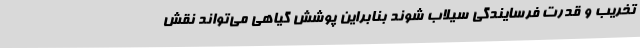
تخریب و قدرت فرسایندگی سیلاب شوند بنابراین پوشش گیاهی می‌تواند نقش